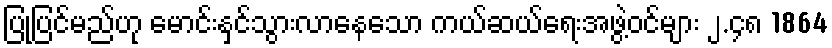
ပြုပြင်မည်ဟု မောင်းနှင်သွားလာနေသော ကယ်ဆယ်ရေးအဖွဲ့ဝင်များ ၂.၄၈ 1864